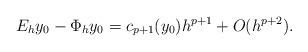
LaTeX: \begin{align*}E_h y_0-\Phi_h y_0=c_{p+1}(y_0)h^{p+1}+O(h^{p+2}).\end{align*}